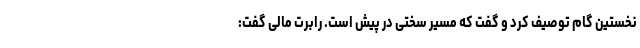
نخستین گام توصیف کرد و گفت که مسیر سختی در پیش است. رابرت مالی گفت: